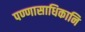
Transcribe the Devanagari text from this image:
पण्णासाधिकानि